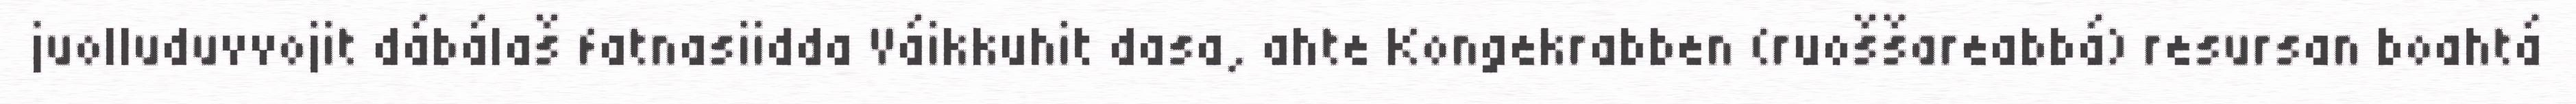
juolluduvvojit dábálaš fatnasiidda Váikkuhit dasa, ahte Kongekrabben (ruoššareabbá) resursan boahtá